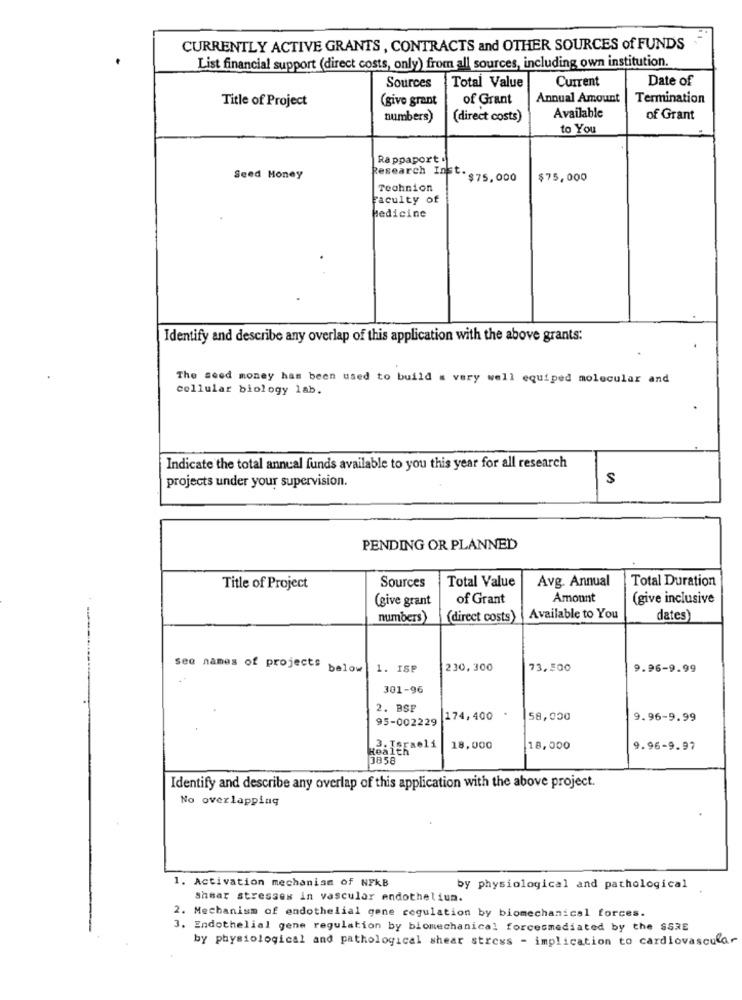
CURRENTLY ACTIVE GRANTS , CONTRACTS and OTHER SOURCES of FUNDS
List financial support (direct costs, only) from all sources, including own institution.
Current
Date of
Sources
Total Value
Title of Project
(give grant
of Grant
Annual Amount
Termination
numbers)
(direct costs)
Available
of Grant
to You
Rappaport
Seed Money
Research Inst . $75, 000
$75,000
Technion
Faculty of
Medicine
Identify and describe any overlap of this application with the above grants:
The seed money has been used to build a very well equiped molecular and
cellular biology lab.
Indicate the total annual funds available to you this year for all research
projects under your supervision.
S
PENDING OR PLANNED
Avg. Annual
Total Duration
Title of Project
Sources
Total Value
.
of Grant
Amount
(give inclusive
(give grant
numbers)
(direct costs)
Available to You
dates)
see names of projects below
1. ISP
230,300
73,500
9.96-9.99
301-96
2. BSP
95-002229
174,400 *
58,000
9.96-9.99
keåit
18,000
18.000
9.96-9.97
1858
Identify and describe any overlap of this application with the above project.
No overlapping
1. Activation mechanism of NFKB
by physiological and pathological
shear stresses in vascular endotheliun.
2. Mechanism of endothelial gene regulation by biomechanical forces.
3. Endothelial gene regulation by biomechanical forcesmediated by the SSRE
by physiological and pathological shear stress - implication to cardiovascular